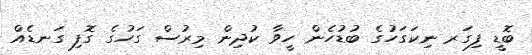
ބޮޑީ ފިގަރ ނިކަގަހުގެ ބުޑުހެން ހީވާ ކުދިން މިރުސް ގަހުގެ ގޮފި ގަނޑެއް